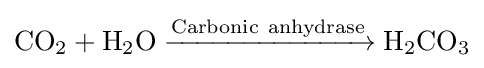
{\mathrm {CO} {\vphantom {A}}_{\smash[{t}]{2}}{}+{}\mathrm {H} {\vphantom {A}}_{\smash[{t}]{2}}\mathrm {O} {}\mathrel {\xrightarrow {\mathrm {Carbonic} ~\mathrm {anhydrase} } } {}\mathrm {H} {\vphantom {A}}_{\smash[{t}]{2}}\mathrm {CO} {\vphantom {A}}_{\smash[{t}]{3}}}